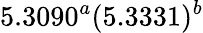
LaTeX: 5.3090^{a}(5.3331)^{b}